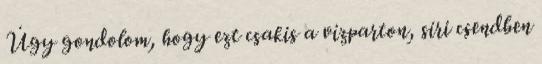
Úgy gondolom, hogy ezt csakis a vízparton, síri csendben